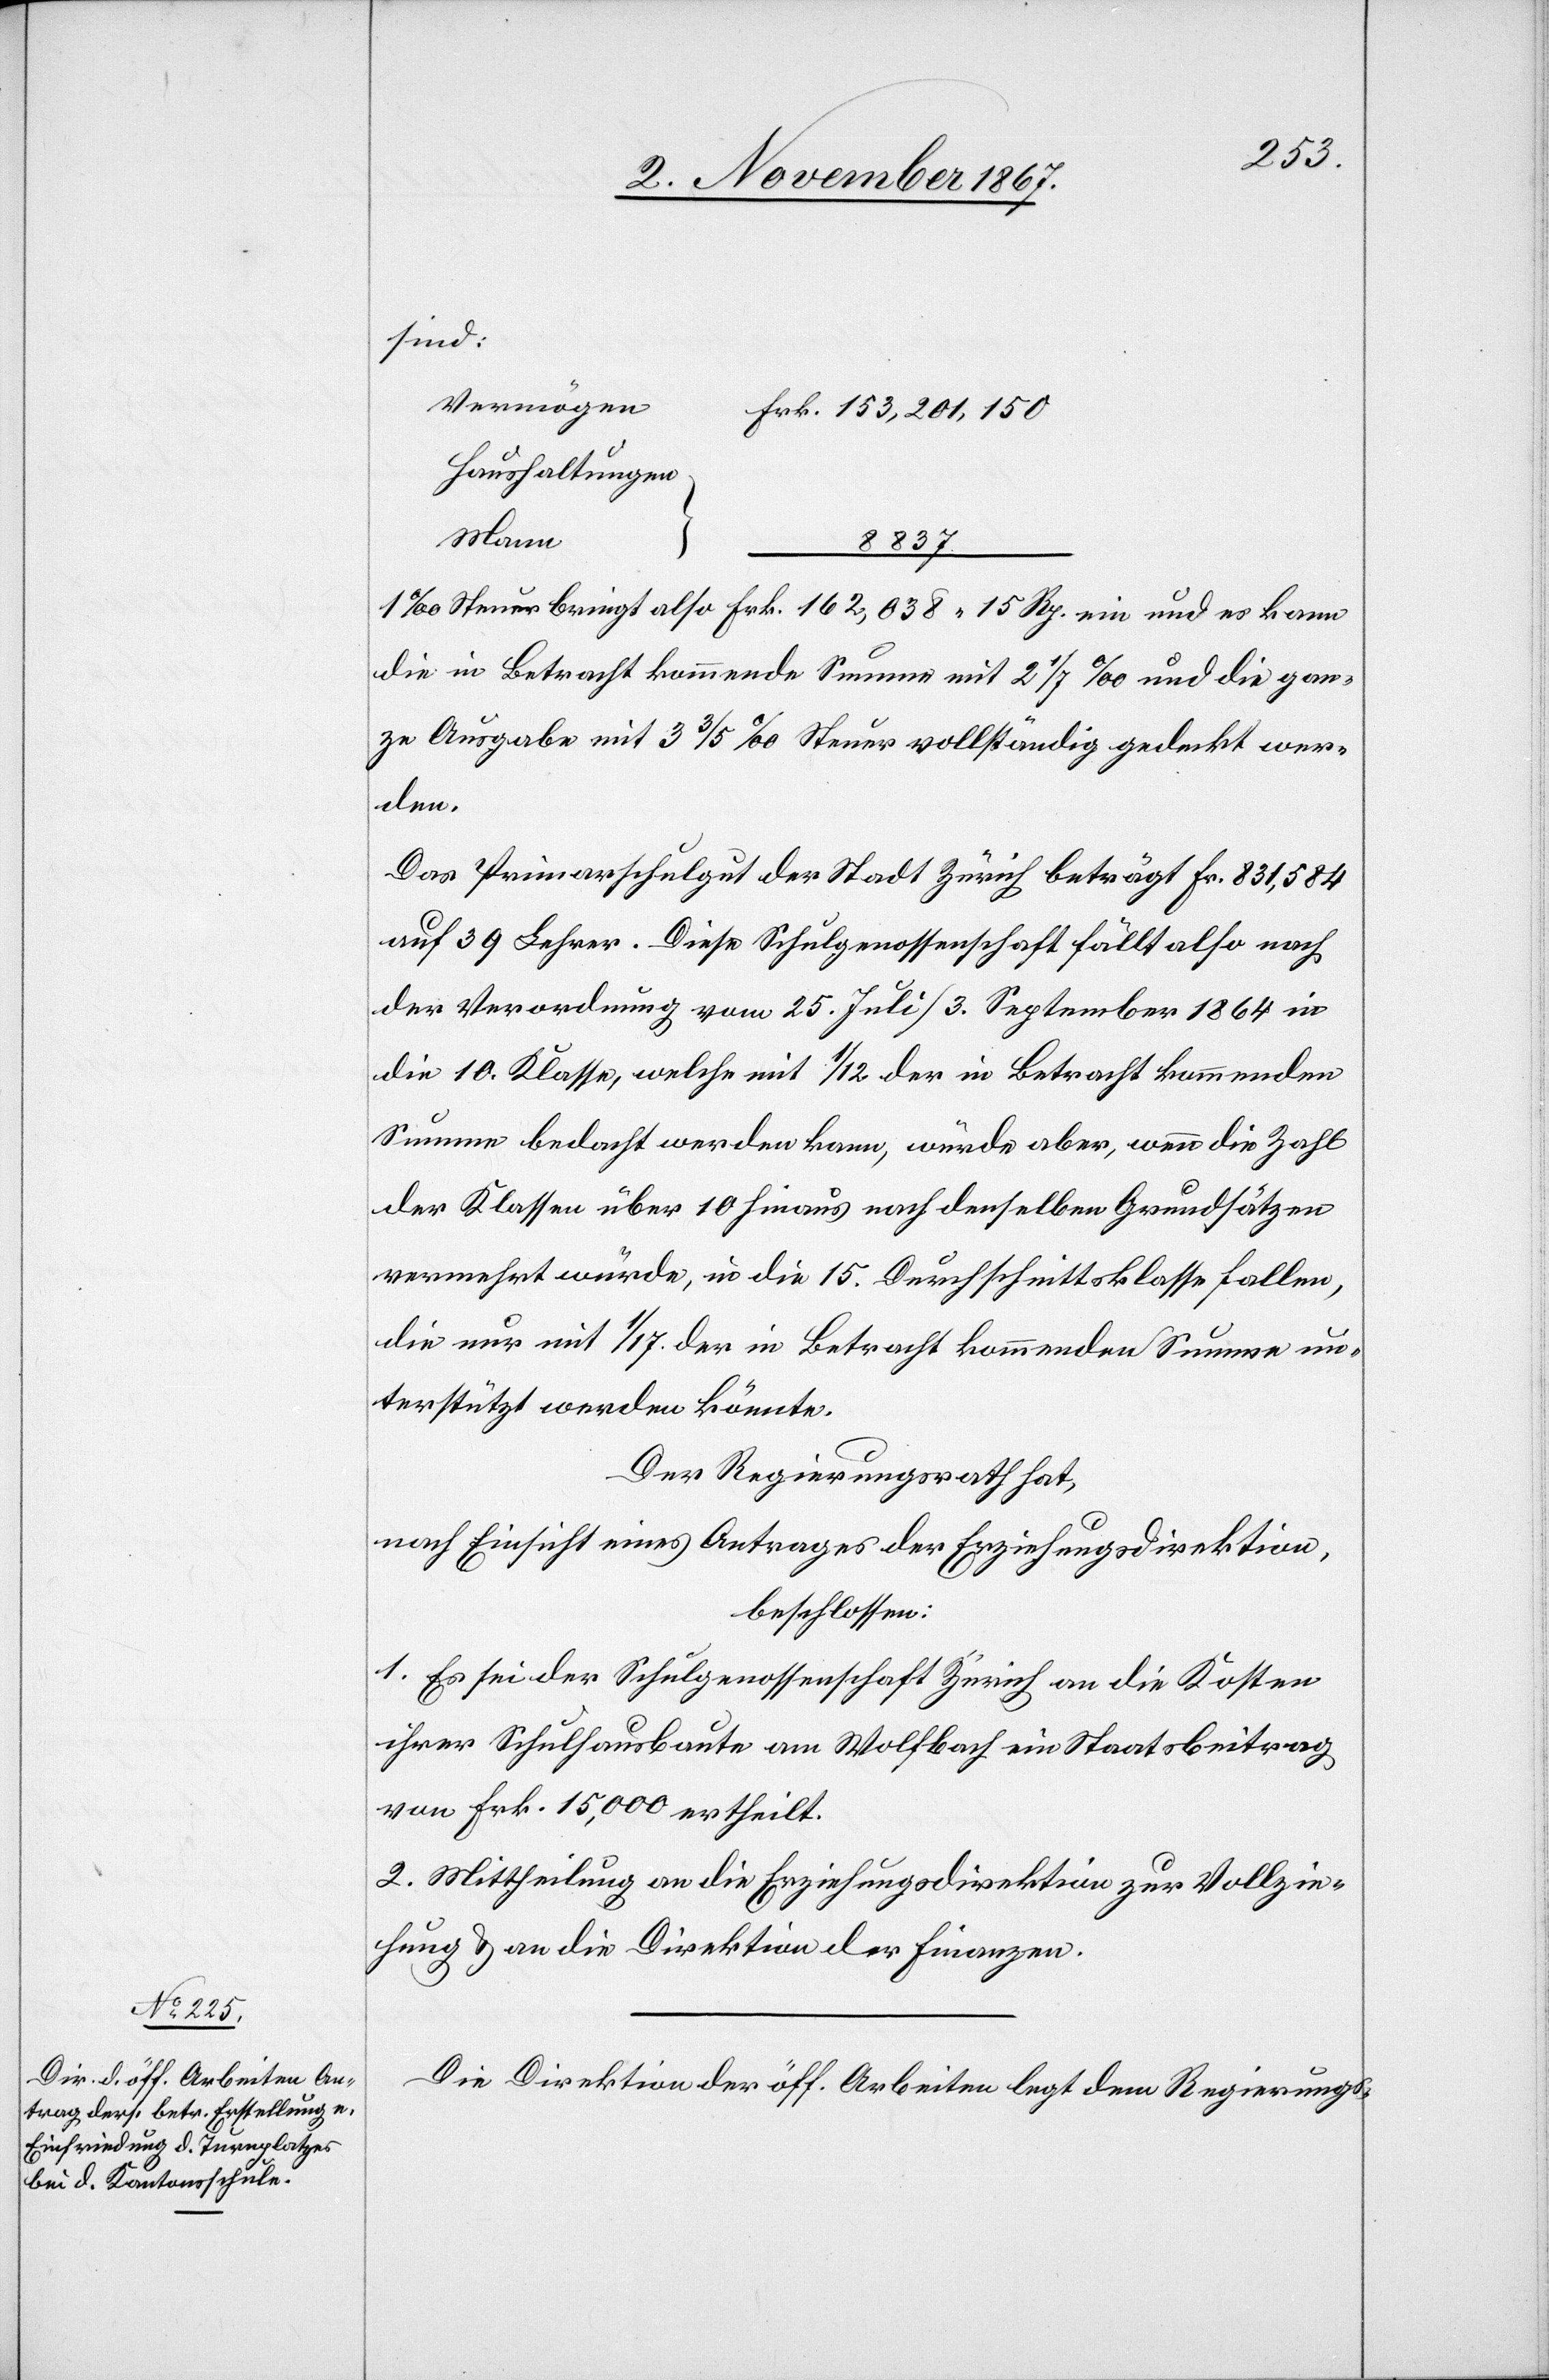
153
sind:
Vermögen
Haushaltungen
Mann
038.15
die in Betracht kommende Summe mit 2 1/7‰ und die gan¬
ze Ausgabe mit 3 3/5‰ Steuer vollständig gedeckt wer¬
den.
Das Primarschulgut der Stadt Zürich beträgt Fr. 831 584
auf 39 Lehrer. Diese Schulgenossenschaft fällt also nach
der Verordnung vom 25. Juli/3. September 1864 in
die 10. Klasse, welche mit 1/12 der in Betracht kommenden
Summe bedacht werden kann, würde aber, wenn die Zahl
der Klassen über 10 hinaus nach denselben Grundsätzen
vermehrt würde, in die 15. Durchschnittsklasse fallen,
die nur mit 1/17. der in Betracht kommenden Summe un¬
terstützt werden könnte.
Der Regierungsrath,
nach Einsicht eines Antrages der Erziehungsdirektion,
beschlossen:
1. Es sei der Schulgenossenschaft Zürich an die Kosten
ihrer Schulhausbaute am Wolfbach ein Staatsbeitrag
von Frk. 15 000 ertheilt.
2. Mittheilung an die Erziehungsdirektion zur Vollzie¬
hung u. an die Direktion der Finanzen.
Die Direktion der öff. Arbeiten legt dem Regierungs-